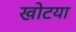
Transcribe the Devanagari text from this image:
खोटया